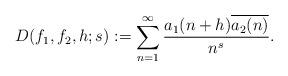
LaTeX: \begin{align*}D(f_1, f_2, h;s) := \sum_{n=1}^{\infty} \frac{a_1 (n+h)\overline{a_2(n)}}{n^s}.\end{align*}